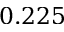
0 . 2 2 5